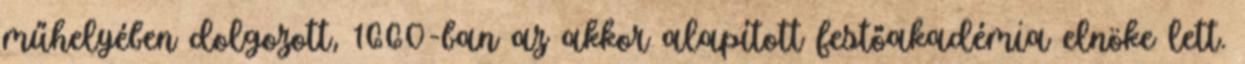
műhelyében dolgozott, 1660-ban az akkor alapított festőakadémia elnöke lett.